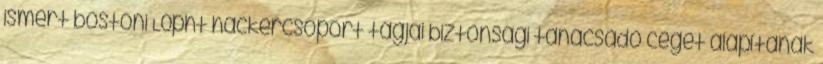
ismert bostoni L0pht hackercsoport tagjai biztonsági tanácsadó céget alapítanak